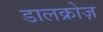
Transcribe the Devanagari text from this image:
डालक्रोज़